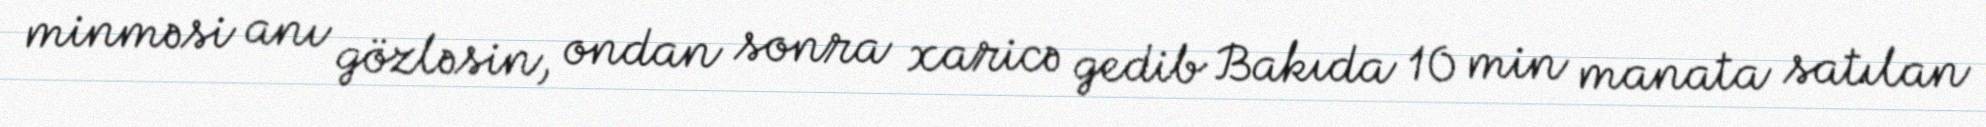
minməsi anı gözləsin, ondan sonra xaricə gedib Bakıda 10 min manata satılan